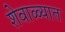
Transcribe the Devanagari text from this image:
शेवाळ्यात